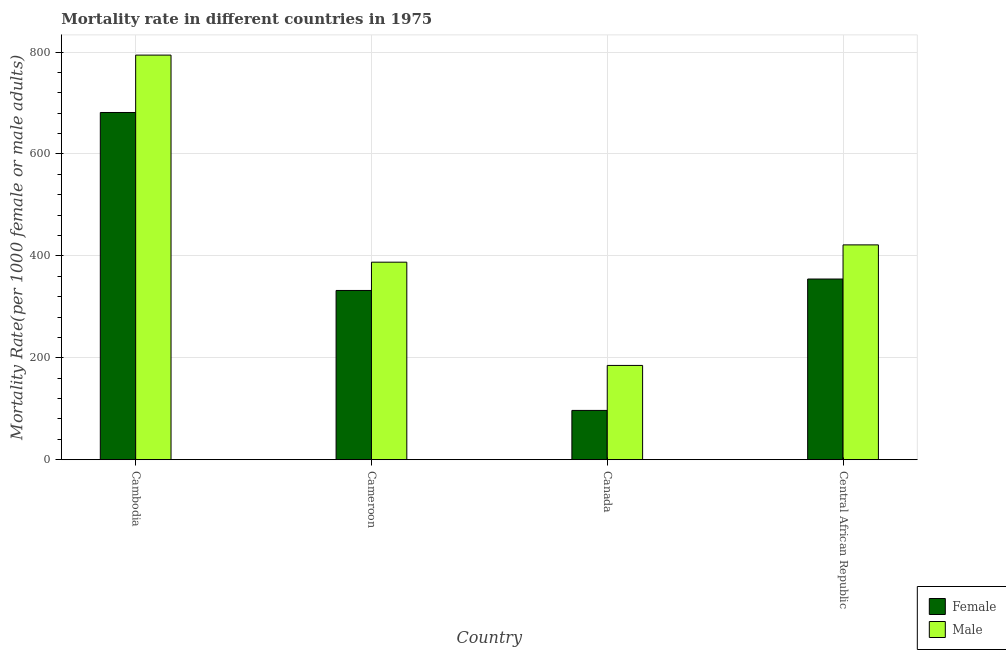
| Country | Female | Male |
 | --- | --- | --- |
 | Cambodia | 681 | 794 |
 | Cameroon | 332 | 388 |
 | Canada | 96.7 | 185 |
 | Central African Republic | 355 | 422 |